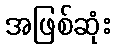
အဖြစ်ဆုံး